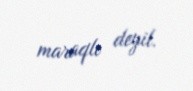
maraqlı deyil.